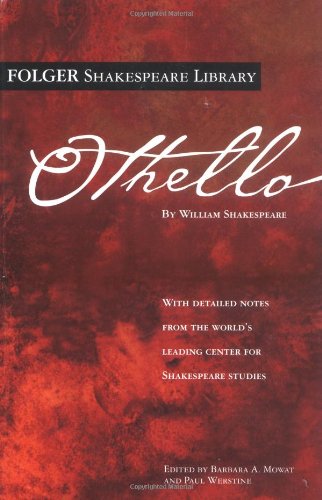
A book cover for Othello (Folger Shakespeare Library); William Shakespeare; Literature & Fiction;